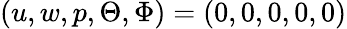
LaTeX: (u,w,p,\Theta,\Phi)=(0,0,0,0,0)